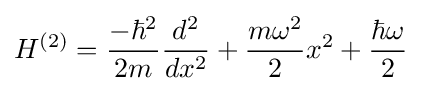
H^{(2)}={\frac {-\hbar ^{2}}{2m}}{\frac {d^{2}}{dx^{2}}}+{\frac {m\omega ^{2}}{2}}x^{2}+{\frac {\hbar \omega }{2}}